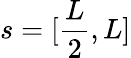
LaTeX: s=[\frac{L}{2},L]